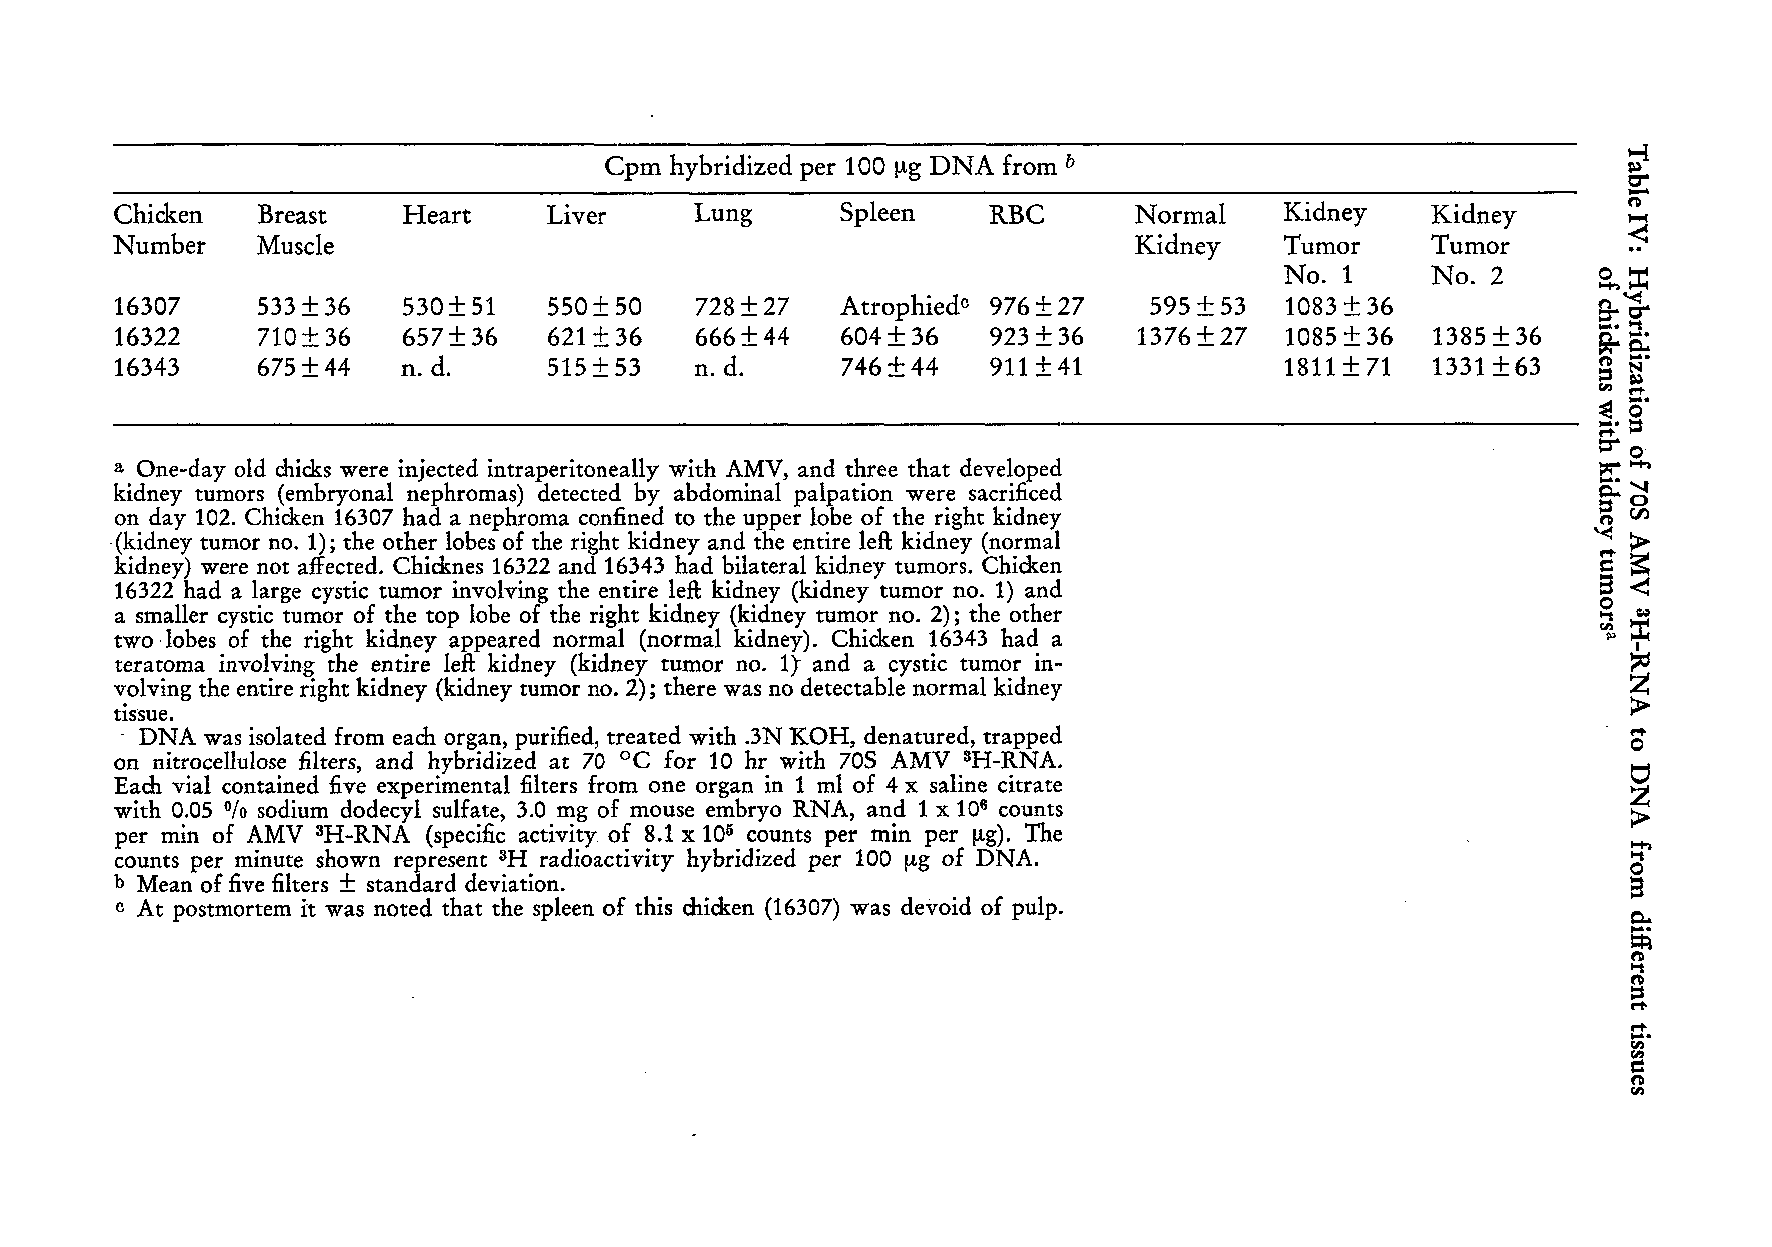
Cpm hybridized per 100 (!g DNA from b                               --~
 tr
 o
 Chicken  Breast    Heart    Liver     Lung      Spleen   RBC       Normal    Kidney    Kidney
 -.<. :
 Number    Muscle                                                    Kidney    Tumor     Tumor
 No. 1     No. 2
 16307    533 + 36  530 ± 51 550± 50   728 ±27   AtrophiedC 976 ± 27 595 + 53 1083 + 36
 16322    710+ 36   657± 36  621 ± 36  666±44    604 + 36 923 ± 36  1376 + 27 1085 + 36 1385 + 36
 16343    675 ±44   n. d.    515 ± 53  n. d.     746+44   911±41              1811 ± 71 1331 + 63
 a One-day old chicks were injected intraperitoneally with AMV, and three that developed
 kidney tumors (embryonal nephromas) detected by abdominal palpation were sacrificed
 on day 102. Chicken 16307 had a nephroma confined to the upper lobe of the right kidney
 .( kidney tumor no. 1); the other lobes of the right kidney and the entire left kidney (normal
 kidney) were not affected. ehicknes 16322 and 16343 had bilateral kidney tumors. Chicken
 16322 had a large cystic tumor involving the entire left kidney (kidney tumor no. 1) and
 a sm aller cystic tumor of the top lobe of the right kidney (kidney tumor no. 2); the other
 two . lobes of the right kidney appeared normal (normal kidney). Chicken 16343 had a
 teratoma involving the entire leB: kidney (kidney tumor no. 1) and a cystic tumor in
 volving the entire right kidney (kidney tumor no. 2); there was no detectable normal kidney
 tissue.
 . DNA was isolated from each organ, purified, treated with .3N KOH, denatured, trapped
 on nitrocellulose filters, and hybridized at 70 oe for 10 hr with 70S AMV 3H-RNA.
 Each vial contained five experimental filters from one organ in 1 ml of 4 x saline citrate
 with 0.05 sodium dodecyl sulfate, 3.0 mg of mouse embryo RNA, and 1 x 106 counts
 6/0
 per min of AMV 3H-RNA (specific activity of 8.1 x 105 counts per min per (!g). The
 counts per minute shown represent 3H radioactivity hybridized per 100 (!g of DNA.
 b Mean of five filters ± standard deviation.
 At postmortem it was noted that the spleen of this chicken (16307) was devoid of pulp.
 C